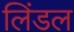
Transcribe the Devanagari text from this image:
लिंडल